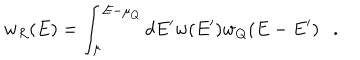
LaTeX: w _ { R } ( E ) = \int _ { \mu } ^ { E - \mu _ { Q } } d E ^ { \prime } w ( E ^ { \prime } ) w _ { Q } ( E - E ^ { \prime } ) .